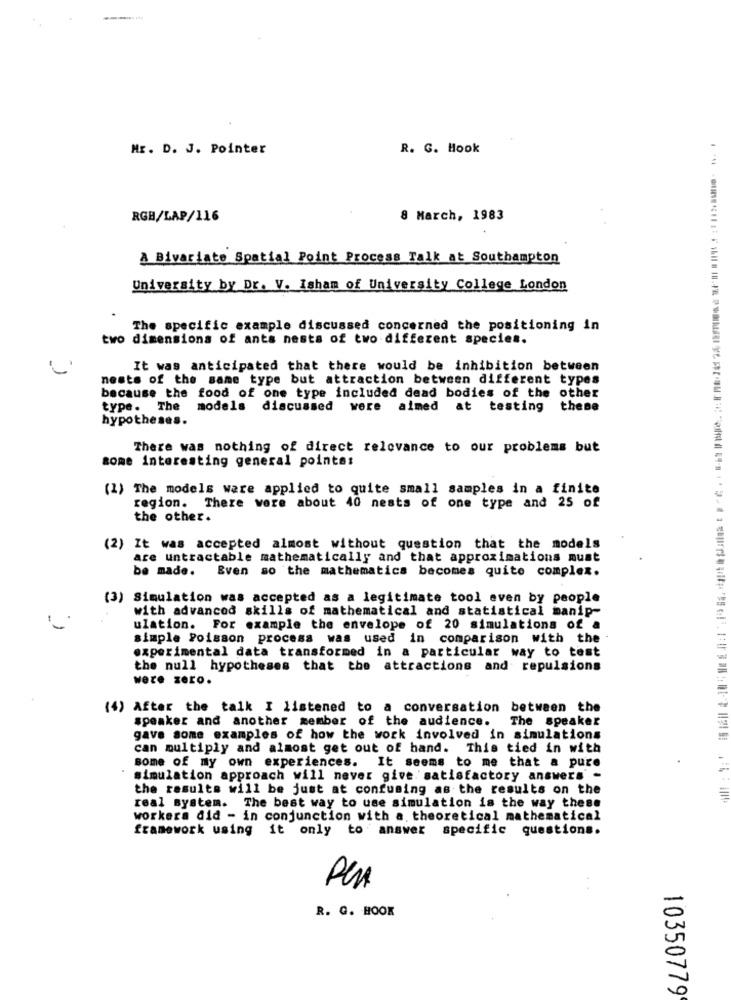
Mr. D. J. Pointer
R. G. Hook
RGB/LAP/116
8 March, 1983
A Bivariate Spatial Point Process Talk at Southampton
University by Dr. V. Isham of University College London
The specific example discussed concerned the positioning in
two dimensions of ants nests of two different species.
It was anticipated that there would be inhibition between
neste of the same type but attraction between different types
because the food of one type included dead bodies of the other
type. The models discussed were aimed at testing thene
hypotheses.
There was nothing of direct relevance to our problems but
some interesting general pointes
(1) The models ware applied to quite small samples in a finite
region. There were about 40 nests of one type and 25 of
the other.
(2) It was accepted almost without question that the models
are untractable mathematically and that approximations must
be made.
Even so the mathematics becomes quite complex.
(3) Simulation was accepted as a legitimate tool even by people
with advanced skills of mathematical and statistical manip-
ulation. For example the envelope of 20 simulations of a
simple Poisson process was used in comparison with the -
experimental data transformed in a particular way to test
the null hypotheses that the attractions and repulsions
were zero.
(4) After the talk I listened to a conversation between the
speaker and another member of the audience.
The speaker
gave some examples of how the work involved in simulations
can multiply and almost get out of hand. This tied in with
some of my own experiences. It seems to me that a pure
simulation approach will never give satisfactory answers -
the results will be just at confusing as the results on the
real system. The best way to use simulation is the way these
workera did - in conjunction with a theoretical mathematical
framework using it only to answer specific questions.
Per
R. G. HOOK
10350779